Vaccination in Bombay 1913-1923 - 1913-1923
Year: 1913
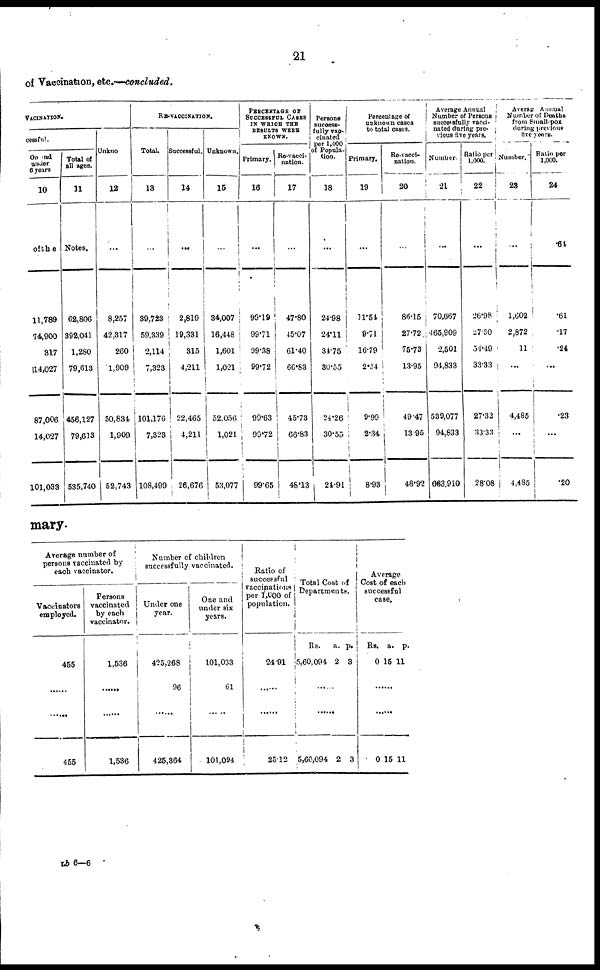
21
of Vaccination, etc.—concluded.
VACINATION.
cessful.
One and
under
6 years
10
of the
11,789
74,900
317
114,027
87,006
14,027
101,033
Total of
all ages.
11
Notes.
62,806
392,041
1,280
79,613
456,127
79,613
535,740
Unkno
12
...
8,257
42,317
260
1,909
50,834
1,909
52,743
RE-VACCINATION.
Total.
13
...
39,723
59,339
2,114
7,323
101,176
7,323
108,499
Successful.
14
...
2,819
19,331
315
4,211
22,465
4,211
26,676
Unknown.
15
...
34,007
16,448
1,601
1,021
52,056
1,021
53,077
PERCENTAGE OF
SUCCESSFUL CASES
IN WHICH THE
RESULTS WERE
KNOWN.
Primary.
16
...
99.19
99.71
99.38
99.72
99.63
99.72
99.65
Re-vacci-
nation.
17
...
47.80
45.07
61.40
66.83
45.73
66.83
48.13
Persons
success-
fully vac-
cinated
per 1,000
of Popula-
tion.
18
...
24.98
24.11
34.75
30.55
24.26
30.55
24.91
Percentage of
unknown cases
to total cases.
Primary.
19
...
11.54
9.71
16.79
2.34
9.99
2.34
8.93
Re-vacci-
nation.
20
...
86.15
27.72
75.73
13.95
49.47
13.95
48.92
Average Annual
Number of Persons
successfully vacci-
nated during pre-
vious five years.
Number.
21
...
70,667
465,909
2,501
94,833
539,077
94,833
663,910
Ratio per
1,000.
22
...
26.98
27.30
54.49
33.33
27.32
33.33
28.08
Averag Annual
Number of Deaths
from Small-pox
during previous
five years.
Number.
23
...
1,602
2,872
11
...
4,485
...
4,485
Ratio per
1,000.
24
.64
.61
.17
.24
...
.23
...
.20
mary.
Average number of
persons vaccinated by
each vaccinator.
Vaccinators
employed.
455
......
......
455
Persons
vaccinated
by each
vaccinator.
1,536
......
......
1,536
Number of children
successfully vaccinated.
Under one
year.
425,268
96
......
425,364
One and
under six
years.
101,033
61
101,094
Ratio of
successful
vaccinations
per 1,000 of
population.
24.91
......
......
25.12
Total Cost of
Departments.
Rs.
5,60,094
a.
2
P.
3
......
......
5,60,094 2 3
Average
Cost of each
successful
case.
Rs.
0
a.
15
p.
11
......
......
0 15 11
Lb 6—6